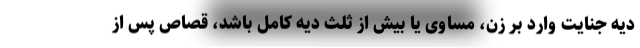
دیه جنایت وارد بر زن، مساوی یا بیش از ثلث دیه کامل باشد، قصاص پس از